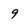
Character: 9